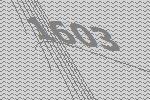
1603